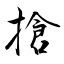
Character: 搶